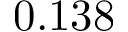
0 . 1 3 8